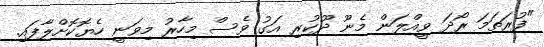
"ފުރަތަމަ ރޯދަ ވީއްލަން މެނޫ ދޫކުރި އަގު ވެސް މިހާރު މިވަނީ ހެޔޮކޮށްލާފައި.